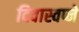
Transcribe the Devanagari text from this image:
दिवास्वप्ने